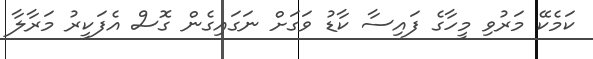
ކަމެކޭ މަރުވި މީހާގެ ފައިސާ ކާޑު ވަގަށް ނަގައިގެން ގޮސް އެފަކީރު މަރާލާ